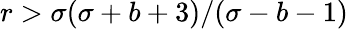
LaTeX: r>\sigma(\sigma+b+3)/(\sigma-b-1)